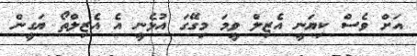
އަށް ވެސް ކިޔަނީ އެޒިލް ވީމަ މިގޭގަ އުޅެނީ އެ އެޒިލްތޯ ޔަގީން